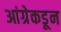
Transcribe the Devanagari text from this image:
आंग्रेकडून